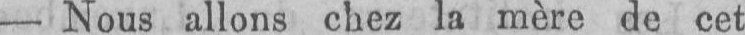
- Nous allons chez la mère de cet